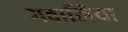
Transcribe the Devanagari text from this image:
गवालिया